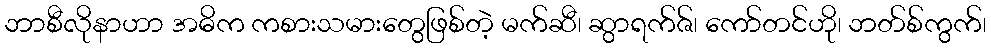
ဘာစီလိုနာဟာ အဓိက ကစားသမားတွေဖြစ်တဲ့ မက်ဆီ၊ ဆွာရက်ဇ်၊ ကော်တင်ဟို၊ ဘတ်စ်ကွက်၊